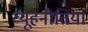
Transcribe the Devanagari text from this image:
व्यूहनीतियां